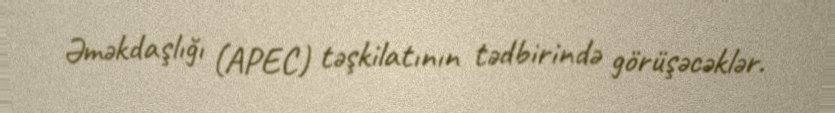
Əməkdaşlığı (APEC) təşkilatının tədbirində görüşəcəklər.